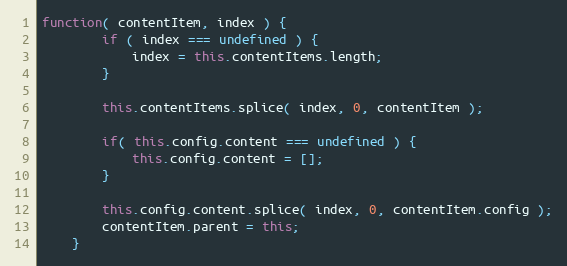
Language: JavaScript
function( contentItem, index ) {
		if ( index === undefined ) {
			index = this.contentItems.length;
		}

		this.contentItems.splice( index, 0, contentItem );

		if( this.config.content === undefined ) {
			this.config.content = [];
		}

		this.config.content.splice( index, 0, contentItem.config );
		contentItem.parent = this;
	}